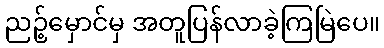
ညဉ့်မှောင်မှ အတူပြန်လာခဲ့ကြမြဲပေ။